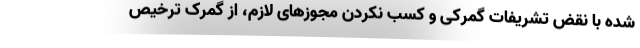
شده با نقض تشریفات گمرکی و کسب نکردن مجوزهای لازم، از گمرک ترخیص